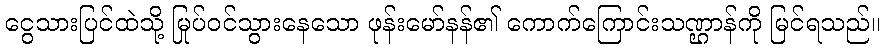
ငွေသားပြင်ထဲသို့ မြုပ်ဝင်သွားနေသော ဖုန်းမော်နန်၏ ကောက်ကြောင်းသဏ္ဌာန်ကို မြင်ရသည်။